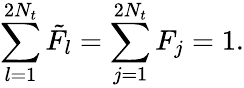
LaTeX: \sum_{l=1}^{2N_{t}}{{\tilde{F}}_{l}}=\sum_{j=1}^{2N_{t}}{F_{j}}=1.